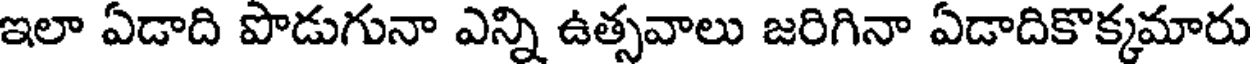
ఇలా ఏడాది పొడుగునా ఎన్ని ఉత్సవాలు జరిగినా ఏడాదికొక్కమారు